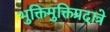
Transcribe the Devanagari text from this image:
भुक्तिमुक्तिप्रदात्रे